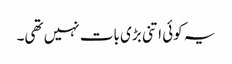
یہ کوئی اتنی بڑی بات نہیں تھی۔